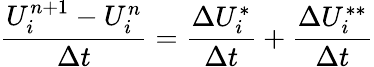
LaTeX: \frac{U_{i}^{n+1}-U_{i}^{n}}{\Delta t}=\frac{\Delta U_{i}^{*}}{\Delta t}+\frac{\Delta U_{i}^{**}}{\Delta t}